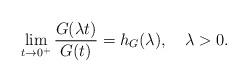
LaTeX: \begin{align*}\lim\limits_{t\to0^+}\frac{G(\lambda t)}{G(t)}=h_G(\lambda),\quad\lambda>0.\end{align*}